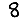
Digit: 8